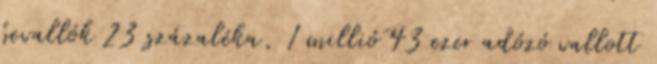
bevallók 23 százaléka, 1 millió 43 ezer adózó vallott